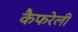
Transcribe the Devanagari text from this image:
कैफरेली